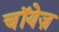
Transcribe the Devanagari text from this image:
चॉयेज़